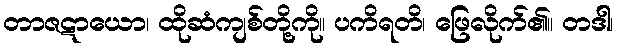
တာဇဋာယော၊ ထိုဆံကျစ်တို့ကို။ ပကိရတိ၊ ဖြေလိုက်၏။ တဒါ၊